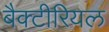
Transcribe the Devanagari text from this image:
बैक्‍टीरियल